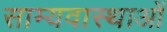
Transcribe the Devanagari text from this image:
साम्यवास्थाओं